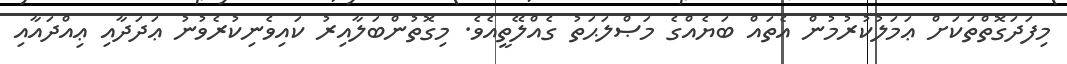
މިފަދަގޮތްތަކަށް ޢަމަލުކުރުމުން އެތައް ބަޔެއްގެ މަޞްލަޙަތު ގެއްލޭތީއެވެ. މިގޮތުންބަލާއިރު ކައިވެނިކުރެވުނު ޢަދަދާއި ޢިއްދައާއި